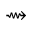
\rightsquigarrow